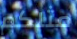
مثلكم